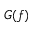
G ( f )